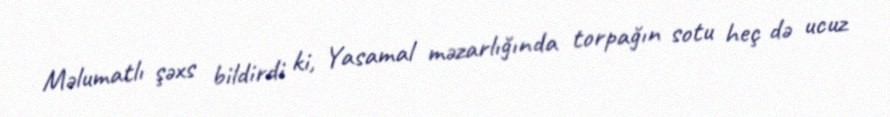
Məlumatlı şəxs bildirdi ki, Yasamal məzarlığında torpağın sotu heç də ucuz